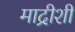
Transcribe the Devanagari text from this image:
माद्रीशी